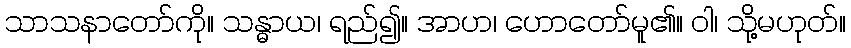
သာသနာတော်ကို။ သန္ဓာယ၊ ရည်၍။ အာဟ၊ ဟောတော်မူ၏။ ဝါ၊ သို့မဟုတ်။